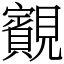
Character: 䚔